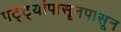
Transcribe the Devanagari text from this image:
पट्ट्यांपासूनपासून